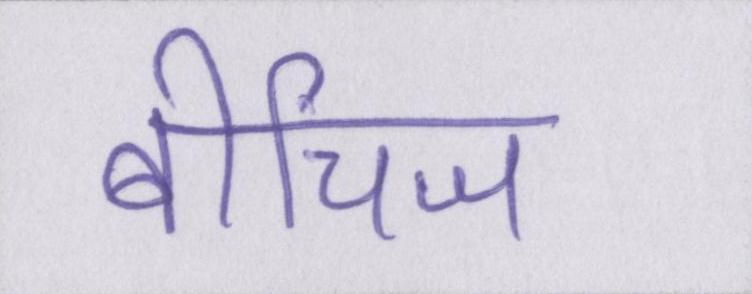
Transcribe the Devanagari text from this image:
बीचिज